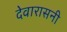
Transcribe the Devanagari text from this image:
देवारासनी